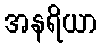
အနရိယာ